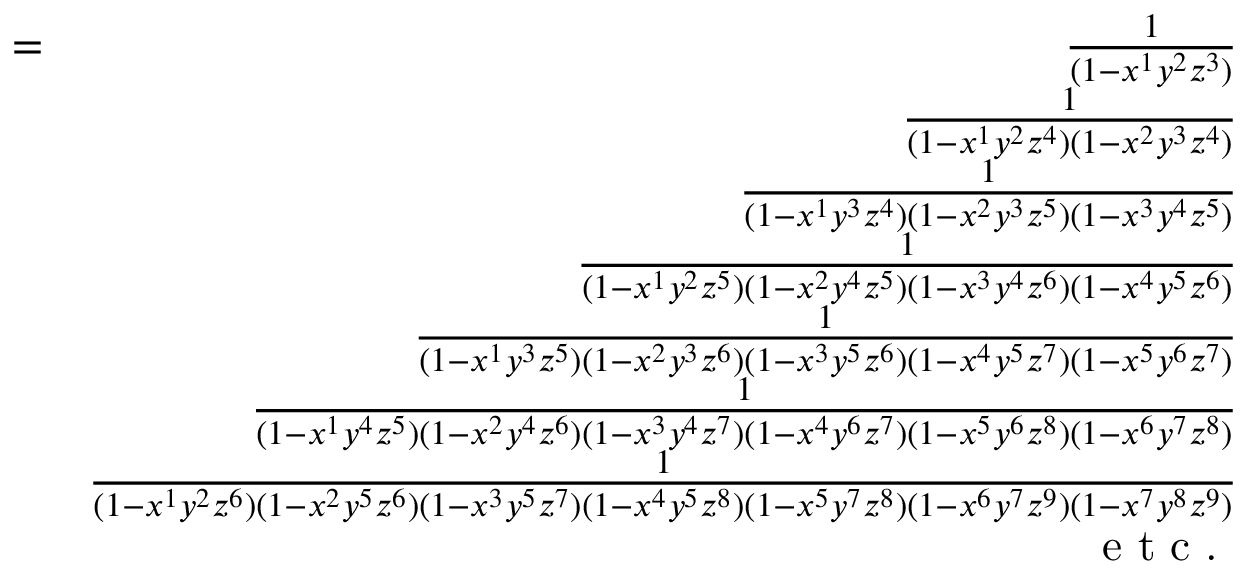
\begin{array} { r l r } & { = } & { \frac { 1 } { ( 1 - x ^ { 1 } y ^ { 2 } z ^ { 3 } ) } } \\ & { } & { \frac { 1 } { ( 1 - x ^ { 1 } y ^ { 2 } z ^ { 4 } ) ( 1 - x ^ { 2 } y ^ { 3 } z ^ { 4 } ) } } \\ & { } & { \frac { 1 } { ( 1 - x ^ { 1 } y ^ { 3 } z ^ { 4 } ) ( 1 - x ^ { 2 } y ^ { 3 } z ^ { 5 } ) ( 1 - x ^ { 3 } y ^ { 4 } z ^ { 5 } ) } } \\ & { } & { \frac { 1 } { ( 1 - x ^ { 1 } y ^ { 2 } z ^ { 5 } ) ( 1 - x ^ { 2 } y ^ { 4 } z ^ { 5 } ) ( 1 - x ^ { 3 } y ^ { 4 } z ^ { 6 } ) ( 1 - x ^ { 4 } y ^ { 5 } z ^ { 6 } ) } } \\ & { } & { \frac { 1 } { ( 1 - x ^ { 1 } y ^ { 3 } z ^ { 5 } ) ( 1 - x ^ { 2 } y ^ { 3 } z ^ { 6 } ) ( 1 - x ^ { 3 } y ^ { 5 } z ^ { 6 } ) ( 1 - x ^ { 4 } y ^ { 5 } z ^ { 7 } ) ( 1 - x ^ { 5 } y ^ { 6 } z ^ { 7 } ) } } \\ & { } & { \frac { 1 } { ( 1 - x ^ { 1 } y ^ { 4 } z ^ { 5 } ) ( 1 - x ^ { 2 } y ^ { 4 } z ^ { 6 } ) ( 1 - x ^ { 3 } y ^ { 4 } z ^ { 7 } ) ( 1 - x ^ { 4 } y ^ { 6 } z ^ { 7 } ) ( 1 - x ^ { 5 } y ^ { 6 } z ^ { 8 } ) ( 1 - x ^ { 6 } y ^ { 7 } z ^ { 8 } ) } } \\ & { } & { \frac { 1 } { ( 1 - x ^ { 1 } y ^ { 2 } z ^ { 6 } ) ( 1 - x ^ { 2 } y ^ { 5 } z ^ { 6 } ) ( 1 - x ^ { 3 } y ^ { 5 } z ^ { 7 } ) ( 1 - x ^ { 4 } y ^ { 5 } z ^ { 8 } ) ( 1 - x ^ { 5 } y ^ { 7 } z ^ { 8 } ) ( 1 - x ^ { 6 } y ^ { 7 } z ^ { 9 } ) ( 1 - x ^ { 7 } y ^ { 8 } z ^ { 9 } ) } } \\ & { } & { \textmd { e t c . } } \end{array}